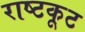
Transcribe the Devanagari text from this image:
राष्टकूट